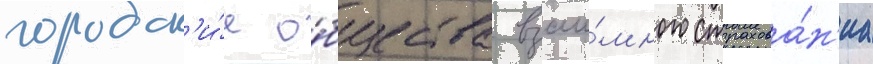
городск'и́е о́бщества взаи́много страхова́н'иа